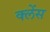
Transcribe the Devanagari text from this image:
क्लेंस